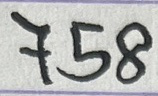
758